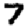
Digit: 7